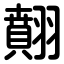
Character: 翸